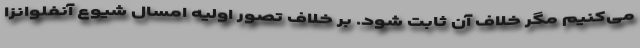
می‌کنیم مگر خلاف آن ثابت شود. بر خلاف تصور اولیه امسال شیوع آنفلوانزا